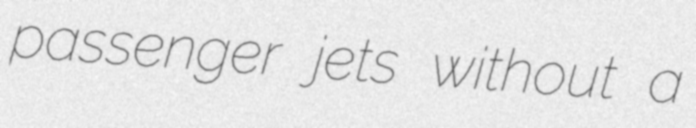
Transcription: passenger jets without a